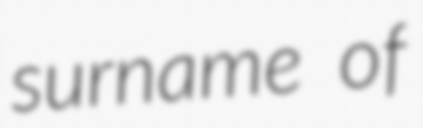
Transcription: surname of